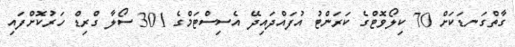
ގާތްގަނޑަކަށް 70 ކިލޯވޮޓްގެ ކަރަންޓު އުފައްދައިދޭ އެސިސްޓަމްގެ 301 ސޯލާ ގްރިޑް ހަރުކޮށްފައި